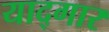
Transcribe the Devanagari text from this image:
याद्गार